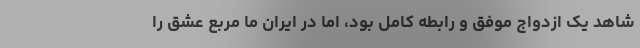
شاهد یک ازدواج موفق و رابطه کامل بود، اما در ایران ما مربع عشق را